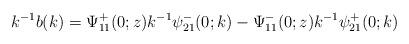
LaTeX: \begin{align*}k^{-1}b(k)=\Psi^+_{11}(0 ; z) k^{-1} \psi^-_{21}(0 ; k)-\Psi^-_{11}(0;z)k^{-1}\psi^+_{21}(0 ; k)\end{align*}